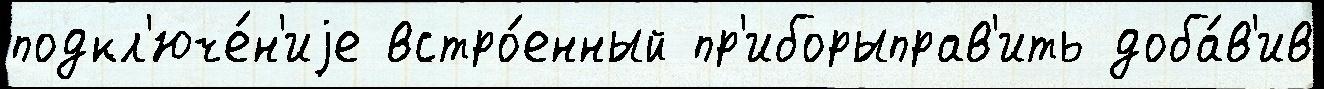
подкл'юче́н'иjе встро́енный пр'иборыправ'ить доба́в'ив